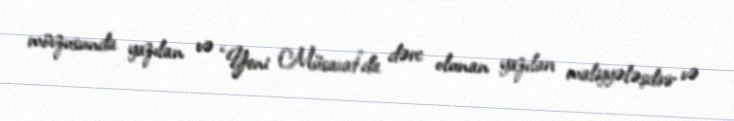
mövzusunda yazılan və “Yeni Müsavat”da dərc olunan yazıları maliyyələşdirir və